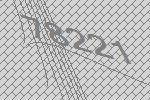
78221